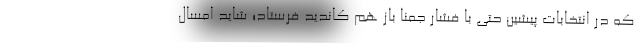
که در انتخابات پیشین حتی با فشار جمنا باز هم کاندید فرستاد؛ شاید امسال